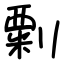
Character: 㔄